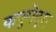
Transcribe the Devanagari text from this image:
कपुगेदरा